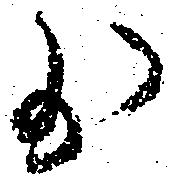
少